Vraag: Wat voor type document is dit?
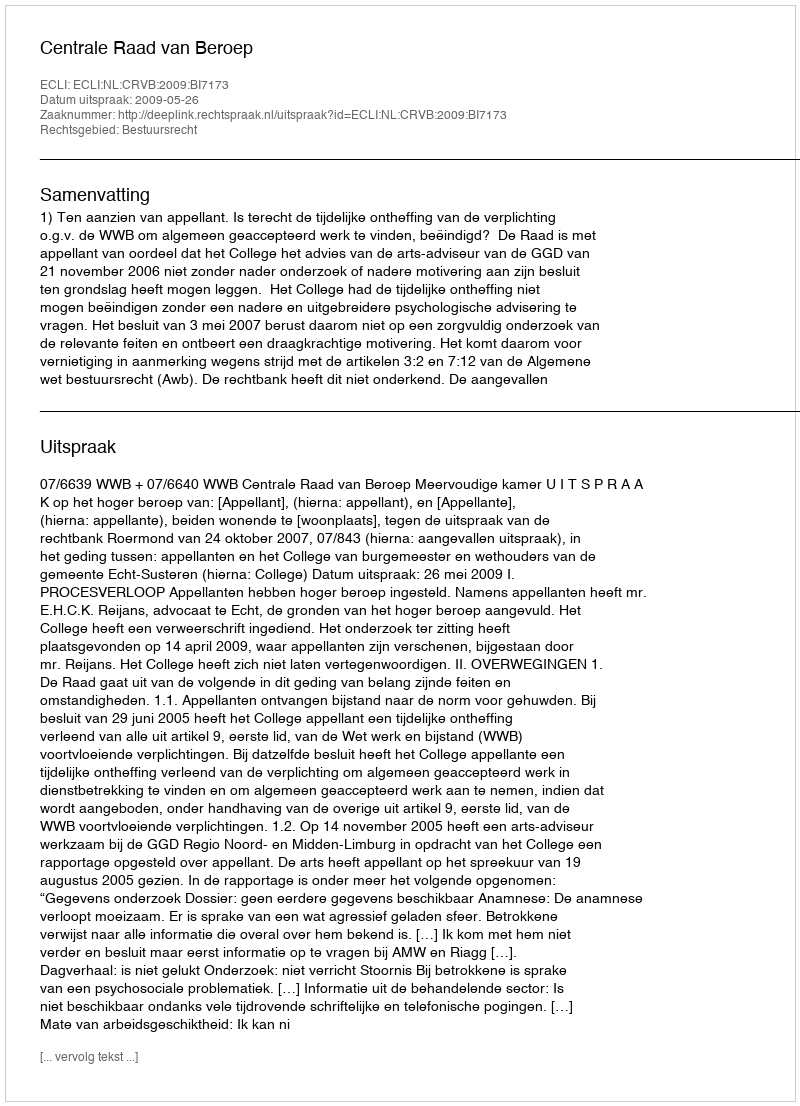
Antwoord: Uitspraak